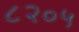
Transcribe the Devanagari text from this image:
८२०५